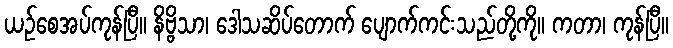
ယဉ်စေအပ်ကုန်ပြီ။ နိဗ္ဗိသာ၊ ဒေါသဆိပ်တောက် ပျောက်ကင်းသည်တို့ကို။ ကတာ၊ ကုန်ပြီ။